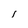
Character: i